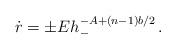
\begin{align*}\dot r = \pm E h_-^{-A+(n-1)b/2}\,.\end{align*}